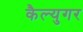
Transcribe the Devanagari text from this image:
कैल्युगर